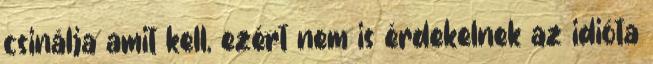
csinálja amit kell, ezért nem is érdekelnek az idióta